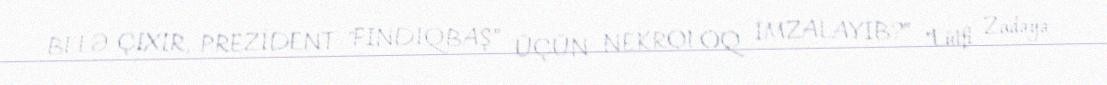
BELƏ ÇIXIR, PREZİDENT "FINDIQBAŞ” ÜÇÜN NEKROLOQ İMZALAYIB?” "Lütfi Zadəyə